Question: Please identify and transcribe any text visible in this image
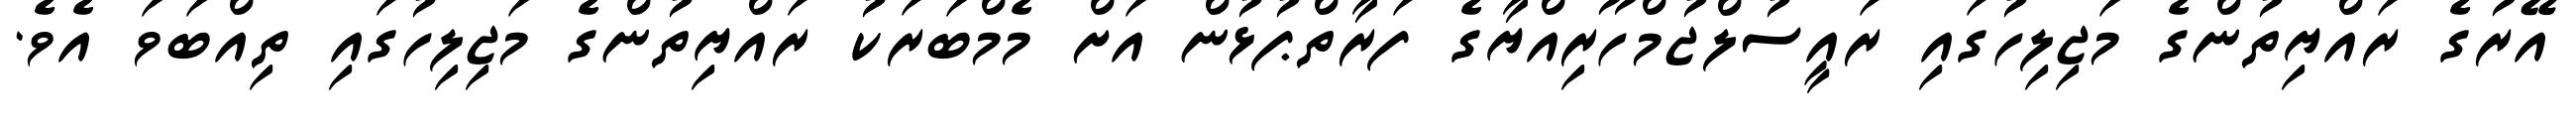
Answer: އޭރުގެ ރައްޔިތުންގެ މަޖިލިހުގައި ރައީސުލްޖުމްހޫރިއްޔާގެ ފަރާތްޕުޅުން އަށް މެމްބަރަކު ރައްޔިތުންގެ މަޖިލިހުގައި ތިއްބަވަ އެވެ.